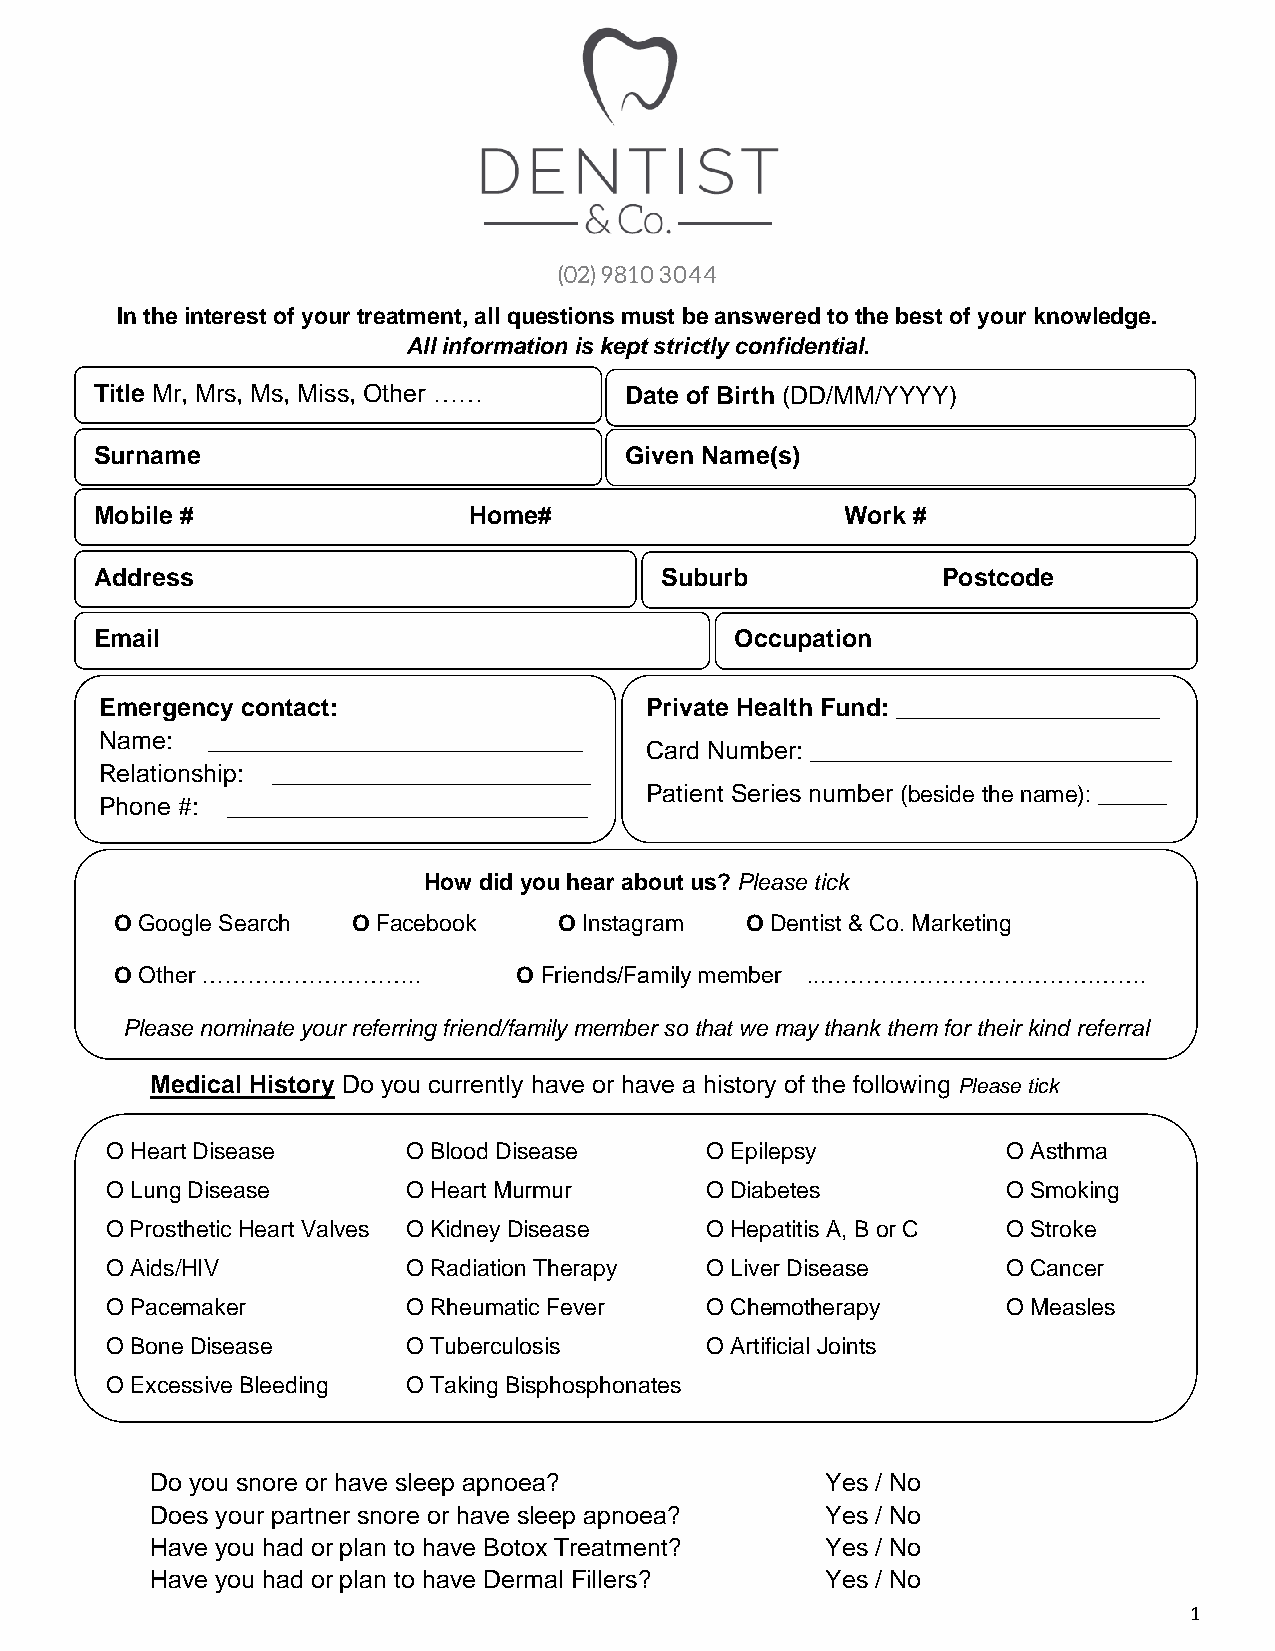
In the interest of your treatment, all questions must be answered to the best of your knowledge.
 All information is kept strictly confidential.
 Title Mr, Mrs, Ms, Miss, Other ……  Date of Birth (DD/MM/YYYY)
 Surname                            Given Name(s)
 Mobile #                 Home#                    Work #
 Address                               Suburb            Postcode
 Email                                      Occupation
 Emergency contact:                  Private Health Fund: ___________________
 Name:  ___________________________
 Card Number: __________________________
 Relationship: _______________________
 Patient Series number (beside the name): _____
 Phone #: __________________________
 How did you hear about us? Please tick
 O Google Search O Facebook   O Instagram O Dentist & Co. Marketing
 O Other ………………………..       O Friends/Family member ..…………………………………….
 Please nominate your referring friend/family member so that we may thank them for their kind referral
 Medical History Do you currently have or have a history of the following Please tick
 O Heart Disease     O Blood Disease     O Epilepsy          O Asthma
 O Lung Disease      O Heart Murmur      O Diabetes          O Smoking
 O Prosthetic Heart Valves O Kidney Disease O Hepatitis A, B or C O Stroke
 O Aids/HIV          O Radiation Therapy O Liver Disease     O Cancer
 O Pacemaker         O Rheumatic Fever   O Chemotherapy      O Measles
 O Bone Disease      O Tuberculosis      O Artificial Joints
 O Excessive Bleeding O Taking Bisphosphonates
 Do you snore or have sleep apnoea?           Yes / No
 Does your partner snore or have sleep apnoea? Yes / No
 Have you had or plan to have Botox Treatment? Yes / No
 Have you had or plan to have Dermal Fillers? Yes / No
 1